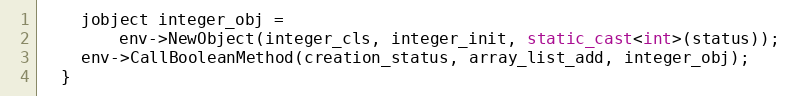
Language: C++
    jobject integer_obj =
        env->NewObject(integer_cls, integer_init, static_cast<int>(status));
    env->CallBooleanMethod(creation_status, array_list_add, integer_obj);
  }